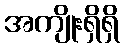
အကျိုးရှိရှိ